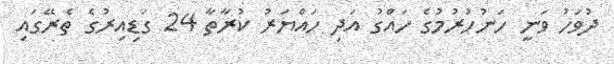
ދުވަހު ވަނީ ހަނުހުރުމުގެ ހައްގު އަދި ހައްޔަރު ކުރާތާ 24 ގަޑިއިރުގެ ތެރޭގައި